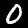
Digit: 0